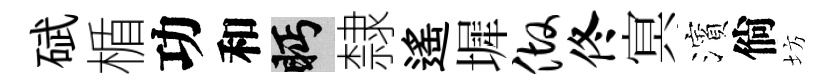
碔楯功和眄隸遙墀做佟㝠濱倘坊